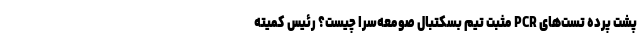
پشت پرده تست‌های PCR مثبت تیم بسکتبال صومعه‌سرا چیست؟ رئیس کمیته